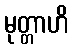
မုတ္တာဟိ